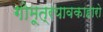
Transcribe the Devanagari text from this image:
गोमूत्रयावकाहारो